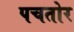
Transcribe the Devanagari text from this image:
पचतोर